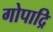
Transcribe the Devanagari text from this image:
गोपाद्रि